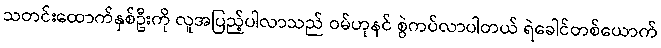
သတင်းထောက်နှစ်ဦးကို လူအပြည့်ပါလာသည် ဝမ်ဟုနင် စွဲကပ်လာပါတယ် ရဲခေါင်တစ်ယောက်